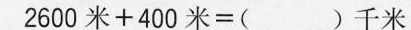
2600米+400米=( )千米